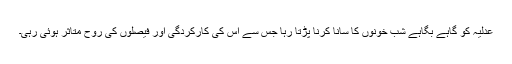
عدلیہ کو گاہے بگاہے شب خونوں کا سانا کرنا پڑتا رہا جس سے اس کی کارکردگی اور فیصلوں کی روح متاثر ہوئی رہی۔